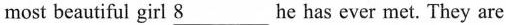
most beautiful girl \underline{8} he has ever met. They are